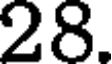
28.